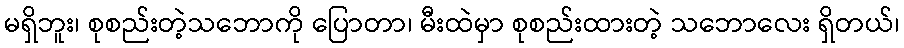
မရှိဘူး၊ စုစည်းတဲ့သဘောကို ပြောတာ၊ မီးထဲမှာ စုစည်းထားတဲ့ သဘောလေး ရှိတယ်၊